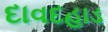
દાવદહાડ